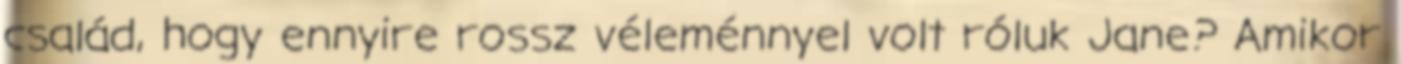
család, hogy ennyire rossz véleménnyel volt róluk Jane? Amikor